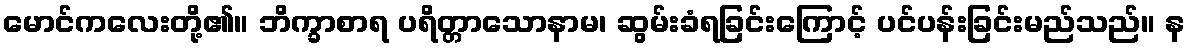
မောင်ကလေးတို့၏။ ဘိက္ခာစာရ ပရိတ္တာသောနာမ၊ ဆွမ်းခံရခြင်းကြောင့် ပင်ပန်းခြင်းမည်သည်။ န